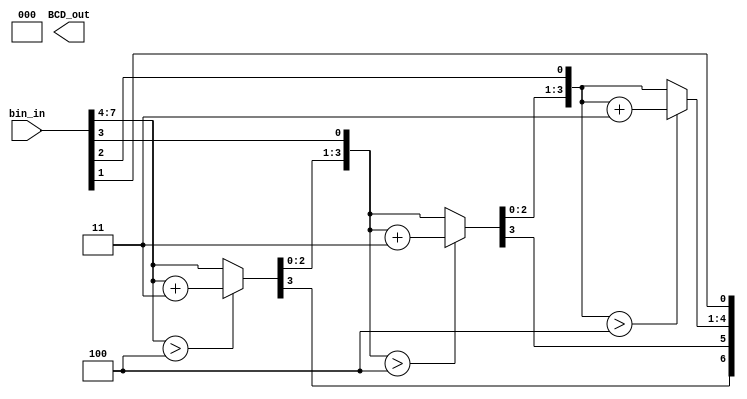
module BCD_convert #(parameter DWIDTH = 8)(
    input [DWIDTH-1:0] bin_in,
    output reg [11:0] BCD_out
    );
    
   
    integer i;
    
    always @(bin_in)
    begin
        BCD_out = 0;
        for (i = 0; i < DWIDTH+1; i = i + 1) //use a loop to shift the binary input the same number of times as it has number of bits. In this case, always 10.
        begin
        //Add 3 to any set representing a decimal output if the binary total is 5 or more to ensure proper carrying
            if (BCD_out[3:0] > 4)
                BCD_out[3:0] = BCD_out[3:0] + 3;
            if (BCD_out[7:4] > 4)
                BCD_out[7:4] = BCD_out[7:4] + 3;
            if (BCD_out[11:8] > 4)
                BCD_out[11:8] = BCD_out[11:8] + 3;
            BCD_out = {BCD_out[DWIDTH+1:0], bin_in[DWIDTH+1 - i]};
        end
    end
    
endmodule